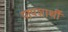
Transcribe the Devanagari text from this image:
पापशार्थी